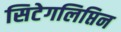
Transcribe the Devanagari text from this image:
सिटेगलिप्तिन